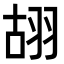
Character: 䎁